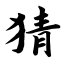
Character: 猜